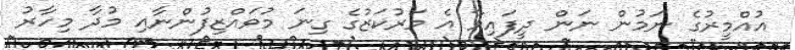
އުއްމީރުގެ ނަމުން ނަން ދީފައިވާ އެ މަރުކަޒުގެ ގިނަ މުވައްޒިފުންނާއި މުދާ މިހާރު